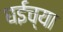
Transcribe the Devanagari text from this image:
घईच्या